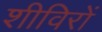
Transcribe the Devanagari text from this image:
शीविरों